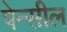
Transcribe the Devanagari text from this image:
पेन्सील